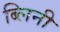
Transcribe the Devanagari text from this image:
ब्लिनी